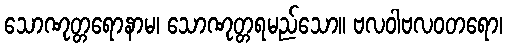
သောဏုတ္တရောနာမ၊ သောဏုတ္တရမည်သော။ ဗလဝါဗလဝတရော၊